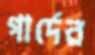
গার্দের